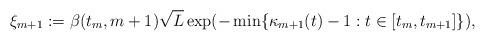
LaTeX: \begin{align*}\xi _{m+1} :=\beta (t_{m},m+1)\sqrt{L} &\exp(-\min\{\kappa_{m+1}(t)-1:t\in[t_m,t_{m+1}]\}),\end{align*}